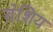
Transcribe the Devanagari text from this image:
वंशिय